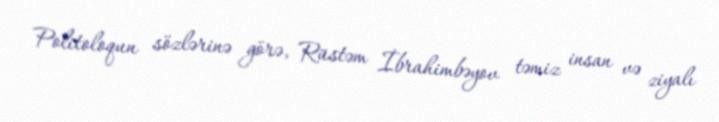
Politoloqun sözlərinə görə, Rüstəm İbrahimbəyov təmiz insan və ziyalı